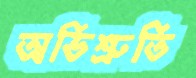
অভিশ্রুতি